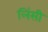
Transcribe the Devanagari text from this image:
लिंसी